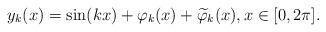
LaTeX: \begin{align*}y_k(x)=\sin(kx)+\varphi_k(x)+\widetilde\varphi_k(x),x\in[0,2\pi].\end{align*}